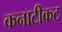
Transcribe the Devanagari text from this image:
कनाटीकट